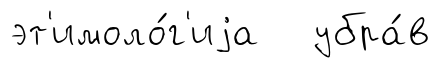
эт'имоло́г'иjа убра́в